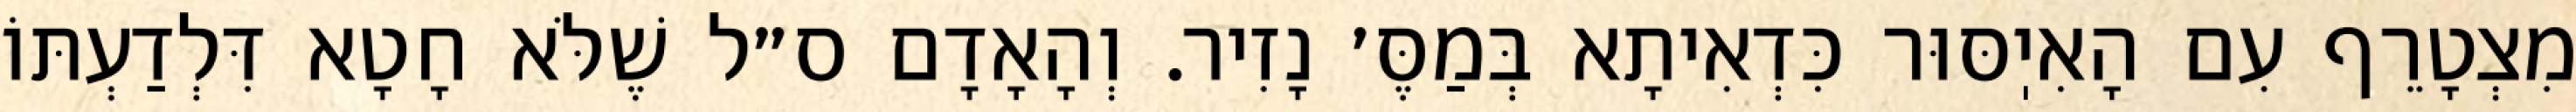
מִצְטָרֵף עִם הָאִיֽסּוּר כִּדְאִיתָא בְּמַסֶּ׳ נָזִיר. וְהָאָדָם ס״ל שֶׁלֹּא חָטָא דִּלְדַעְתּוֹ